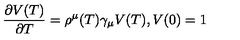
\frac { \partial V ( T ) } { \partial T } = \rho ^ { \mu } ( T ) \gamma _ { \mu } V ( T ) , V ( 0 ) = 1